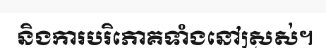
និងការបរិភោគទាំងនៅស្រស់។